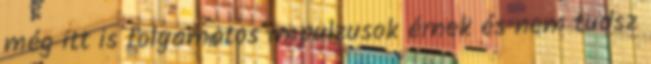
még itt is folyamatos impulzusok érnek és nem tudsz